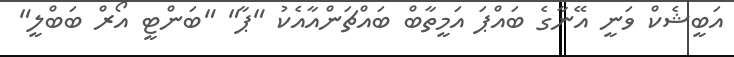
އަބީޝެކް ވަނީ އޭނާގެ ބައްޕަ އަމީތާބް ބައްޗަންއާއެކު "ޕާ" "ބަންޓީ އޯރް ބަބްލީ"